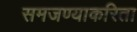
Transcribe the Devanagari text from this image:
समजण्याकरिता